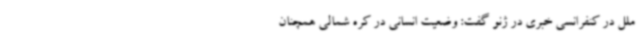
ملل در کنفرانسی خبری در ژنو گفت: وضعیت انسانی در کره شمالی همچنان